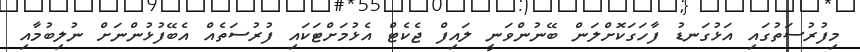
މިފުރުސަތުގައި އަޅުގަނޑު ފާހަގަކޮށްލަން ބޭނުންވަނީ ލައިފް ޖެކެޓް އެޅުމަށްޓަކައި ފުރުސަތެއް އެބޭފުޅުންނަށް ނުލިބުމާއި